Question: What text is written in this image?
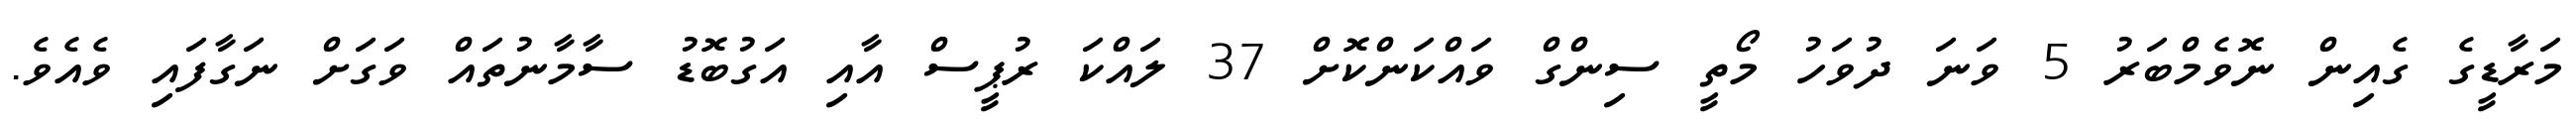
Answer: މަރާޑީގެ ގެއިން ނޮވެމްބަރު 5 ވަނަ ދުވަހު މޯތީ ސިންގް ވައްކަންކޮށް 37 ލައްކަ ރުޕީސް އާއި އަގުބޮޑު ސާމާނުތައް ވަގަށް ނަގާފައި ވެއެވެ.